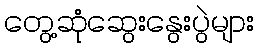
တွေ့ဆုံဆွေးနွေးပွဲများ